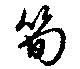
筍